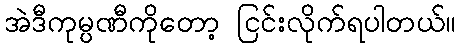
အဲဒီကုမ္ပဏီကိုတော့ ငြင်းလိုက်ရပါတယ်။